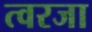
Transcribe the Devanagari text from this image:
त्वरजा